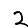
Digit: 2